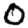
Digit: 0